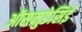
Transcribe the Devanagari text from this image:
ऑसमुडेसिई